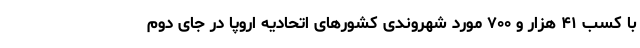
با کسب ۴۱ هزار و ۷۰۰ مورد شهروندی کشورهای اتحادیه اروپا در جای دوم